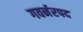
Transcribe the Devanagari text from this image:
गवर्नरपद